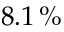
8 . 1 \, \%